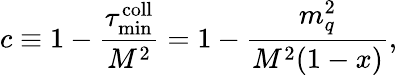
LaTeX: c\equiv 1-\frac{\tau_{\mathrm{min}}^{\mathrm{coll}}}{M^{2}}=1-\frac{m_{q}^{2}}{M^{2}(1-x)},